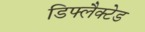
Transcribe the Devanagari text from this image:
डिफ्लैक्टेड